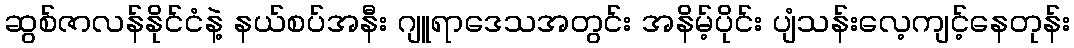
ဆွစ်ဇာလန်နိုင်ငံနဲ့ နယ်စပ်အနီး ဂျူရာဒေသအတွင်း အနိမ့်ပိုင်း ပျံသန်းလေ့ကျင့်နေတုန်း